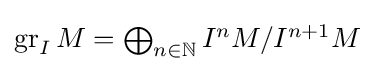
{\textstyle \operatorname {gr} _{I}M=\bigoplus _{n\in \mathbb {N} }I^{n}M/I^{n+1}M}